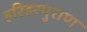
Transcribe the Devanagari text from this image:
हरिहरपुराण